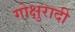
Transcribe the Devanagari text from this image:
गोक्षुरादी